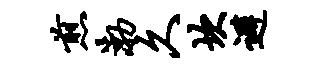
煎渤久坎避